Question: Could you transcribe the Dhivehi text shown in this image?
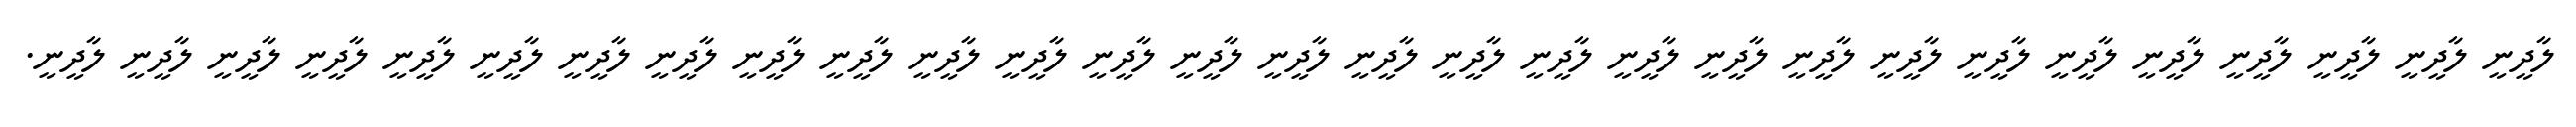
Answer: ލާދީނީ ލާދީނީ ލާދީނީ ލާދީނީ ލާދީނީ ލާދީނީ ލާދީނީ ލާދީނީ ލާދީނީ ލާދީނީ ލާދީނީ ލާދީނީ ލާދީނީ ލާދީނީ ލާދީނީ ލާދީނީ ލާދީނީ ލާދީނީ ލާދީނީ ލާދީނީ ލާދީނީ ލާދީނީ ލާދީނީ ލާދީނީ ލާދީނީ ލާދީނީ ލާދީނީ ލާދީނީ ލާދީނީ.